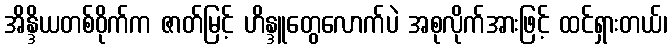
အိန္ဒိယတစ်ဝိုက်က ဇာတ်မြင့် ဟိန္ဒူတွေလောက်ပဲ အစုလိုက်အားဖြင့် ထင်ရှားတယ်၊